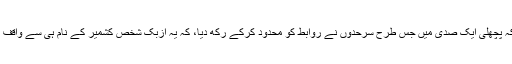
افسوس کہ پچھلی ایک صدی میں جس طرح سرحدوں نے روابط کو محدود کرکے رکھ دیا، کہ یہ ازبک شخص کشمیر کے نام ہی سے واقف نہیں تھا۔